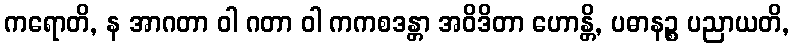
ကရောတိ, န အာဂတာ ဝါ ဂတာ ဝါ ကကစဒန္တာ အဝိဒိတာ ဟောန္တိ, ပဓာနဉ္စ ပညာယတိ,